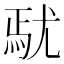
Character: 𡯼